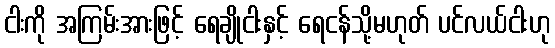
ငါးကို အကြမ်းအားဖြင့် ရေချိုငါးနှင့် ရေငန်သို့မဟုတ် ပင်လယ်ငါးဟု